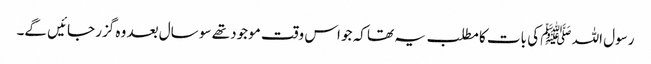
رسول اللہ ﷺ کی بات کا مطلب یہ تھا کہ جو اس وقت موجود تھے سو سال بعد وہ گزر جائیں گے۔